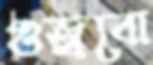
গুজ্‌রবো